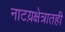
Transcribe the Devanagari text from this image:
नाटय़क्षेत्रातही